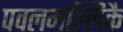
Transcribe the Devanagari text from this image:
पवलमल्लिकै